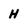
Character: H